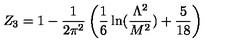
Z _ { 3 } = 1 - \frac { 1 } { 2 \pi ^ { 2 } } \left( \frac { 1 } { 6 } \ln ( \frac { \Lambda ^ { 2 } } { M ^ { 2 } } ) + \frac { 5 } { 1 8 } \right)